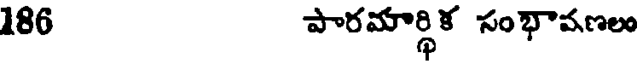
186 పారమార్థిక సంభావణలు